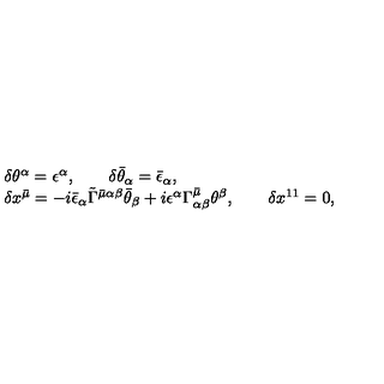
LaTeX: \begin{array} { l } { \delta \theta ^ { \alpha } = \epsilon ^ { \alpha } , \qquad \delta \bar { \theta } _ { \alpha } = \bar { \epsilon } _ { \alpha } , } \\ { \delta x ^ { \bar { \mu } } = - i \bar { \epsilon } _ { \alpha } \tilde { \Gamma } ^ { { \bar { \mu } } \alpha \beta } \bar { \theta } _ { \beta } + i \epsilon ^ { \alpha } \Gamma _ { \alpha \beta } ^ { \bar { \mu } } \theta ^ { \beta } , \qquad \delta x ^ { 1 1 } = 0 , } \\ \end{array}